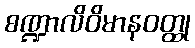
စဏ္ဍာလိဝိမာနဝတ္ထု